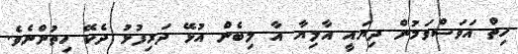
ހިތް އަވަސްވަމުން ދިޔައީ އާލިޔާ އާ ލިބެން އުޅޭ ދަރިފުޅު ދެކޭ ހިތުންނެވެ.